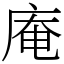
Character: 庵